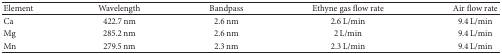
<table><thead><tr><td><b>Element</b></td><td><b>Wavelength</b></td><td><b>Bandpass</b></td><td><b>Ethyne gas flow rate</b></td><td><b>Air flow rate</b></td></tr></thead><tbody><tr><td>Ca</td><td>422.7 nm</td><td>2.6 nm</td><td>2.6 L/min</td><td>9.4 L/min</td></tr><tr><td>Mg</td><td>285.2 nm</td><td>2.6 nm</td><td>2 L/min</td><td>9.4 L/min</td></tr><tr><td>Mn</td><td>279.5 nm</td><td>2.3 nm</td><td>2.3 L/min</td><td>9.4 L/min</td></tr></tbody></table>